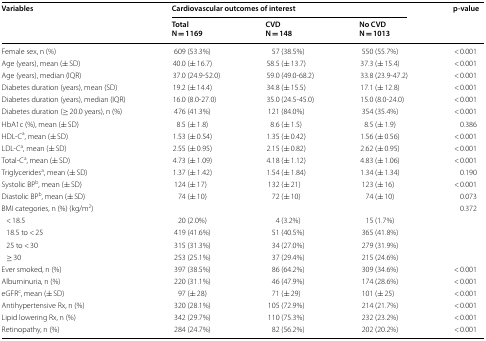
<table><thead><tr><td rowspan="2"><b>Variables</b></td><td colspan="3"><b>Cardiovascular outcomes of interest</b></td><td rowspan="2"><b>p-value</b></td></tr><tr><td><b>TotalN = 1169</b></td><td><b>CVDN = 148</b></td><td><b>No CVDN = 1013</b></td></tr></thead><tbody><tr><td>Female sex, n (%)</td><td>609 (53.3%)</td><td>57 (38.5%)</td><td>550 (55.7%)</td><td>&lt; 0.001</td></tr><tr><td>Age (years), mean (± SD)</td><td>40.0 (± 16.7)</td><td>58.5 (± 13.7)</td><td>37.3 (± 15.4)</td><td>&lt; 0.001</td></tr><tr><td>Age (years), median (IQR)</td><td>37.0 (24.9-52.0)</td><td>59.0 (49.0-68.2)</td><td>33.8 (23.9-47.2)</td><td>&lt; 0.001</td></tr><tr><td>Diabetes duration (years), mean (SD)</td><td>19.2 (± 14.4)</td><td>34.8 (± 15.5)</td><td>17.1 (± 12.8)</td><td>&lt; 0.001</td></tr><tr><td>Diabetes duration (years), median (IQR)</td><td>16.0 (8.0-27.0)</td><td>35.0 (24.5-45.0)</td><td>15.0 (8.0-24.0)</td><td>&lt; 0.001</td></tr><tr><td>Diabetes duration (≥ 20.0 years), n (%)</td><td>476 (41.3%)</td><td>121 (84.0%)</td><td>354 (35.4%)</td><td>&lt; 0.001</td></tr><tr><td>HbA1c (%), mean (± SD)</td><td>8.5 (± 1.8)</td><td>8.6 (± 1.5)</td><td>8.5 (± 1.9)</td><td>0.386</td></tr><tr><td>HDL-C<sup>a</sup>, mean (± SD)</td><td>1.53 (± 0.54)</td><td>1.35 (± 0.42)</td><td>1.56 (± 0.56)</td><td>&lt; 0.001</td></tr><tr><td>LDL-C<sup>a</sup>, mean (± SD)</td><td>2.55 (± 0.95)</td><td>2.15 (± 0.82)</td><td>2.62 (± 0.95)</td><td>&lt; 0.001</td></tr><tr><td>Total-C<sup>a</sup>, mean (± SD)</td><td>4.73 (± 1.09)</td><td>4.18 (± 1.12)</td><td>4.83 (± 1.06)</td><td>&lt; 0.001</td></tr><tr><td>Triglycerides<sup>a</sup>, mean (± SD)</td><td>1.37 (± 1.42)</td><td>1.54 (± 1.84)</td><td>1.34 (± 1.34)</td><td>0.190</td></tr><tr><td>Systolic BP<sup>b</sup>, mean (± SD)</td><td>124 (± 17)</td><td>132 (± 21)</td><td>123 (± 16)</td><td>&lt; 0.001</td></tr><tr><td>Diastolic BP<sup>b</sup>, mean (± SD)</td><td>74 (± 10)</td><td>72 (± 10)</td><td>74 (± 10)</td><td>0.073</td></tr><tr><td colspan="4">BMI categories, n (%) (kg/m<sup>2</sup>)</td><td>0.372</td></tr><tr><td> &lt; 18.5</td><td>20 (2.0%)</td><td>4 (3.2%)</td><td>15 (1.7%)</td><td></td></tr><tr><td> 18.5 to &lt; 25</td><td>419 (41.6%)</td><td>51 (40.5%)</td><td>365 (41.8%)</td><td></td></tr><tr><td> 25 to &lt; 30</td><td>315 (31.3%)</td><td>34 (27.0%)</td><td>279 (31.9%)</td><td></td></tr><tr><td> ≥ 30</td><td>253 (25.1%)</td><td>37 (29.4%)</td><td>215 (24.6%)</td><td></td></tr><tr><td>Ever smoked, n (%)</td><td>397 (38.5%)</td><td>86 (64.2%)</td><td>309 (34.6%)</td><td>&lt; 0.001</td></tr><tr><td>Albuminuria, n (%)</td><td>220 (31.1%)</td><td>46 (47.9%)</td><td>174 (28.6%)</td><td>&lt; 0.001</td></tr><tr><td>eGFR<sup>c</sup>, mean (± SD)</td><td>97 (± 28)</td><td>71 (± 29)</td><td>101 (± 25)</td><td>&lt; 0.001</td></tr><tr><td>Antihypertensive Rx, n (%)</td><td>320 (28.1%)</td><td>105 (72.9%)</td><td>214 (21.7%)</td><td>&lt; 0.001</td></tr><tr><td>Lipid lowering Rx, n (%)</td><td>342 (29.7%)</td><td>110 (75.3%)</td><td>232 (23.2%)</td><td>&lt; 0.001</td></tr><tr><td>Retinopathy, n (%)</td><td>284 (24.7%)</td><td>82 (56.2%)</td><td>202 (20.2%)</td><td>&lt; 0.001</td></tr></tbody></table>